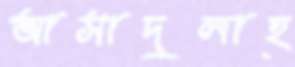
আসাদুলাহ্